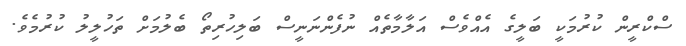
ސްކްރީން ކުރުމަކީ ބަލީގެ އެއްވެސް އަލާމާތެއް ނުފެންނަނީސް ބަލިހުރިތޯ ބެލުމަށް ތަހުލީލު ކުރުމެވެ.